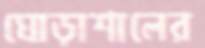
ঘোড়াশালের